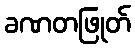
ခဏတဖြုတ်